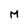
Character: M